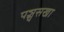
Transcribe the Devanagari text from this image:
पञ्चसखा